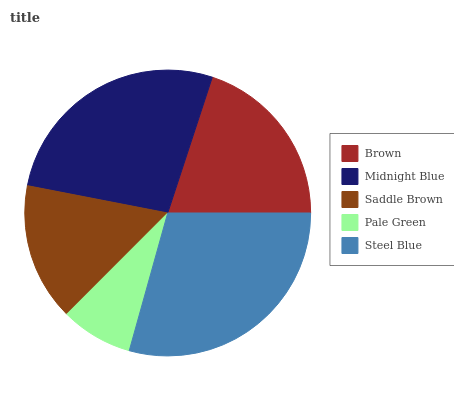
| Brown | Midnight Blue | Saddle Brown | Pale Green | Steel Blue |
 | --- | --- | --- | --- | --- |
 | 19.9% | 27.1% | 15.6% | 8.15% | 29.3% |